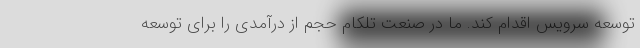
توسعه سرویس اقدام کند. ما در صنعت تلکام حجم از درآمدی را برای توسعه